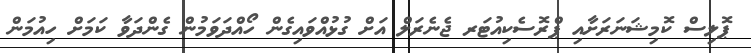
ޕޮލިސް ކޮމިޝަނަރަށާއި ޕްރޮސެކިއުޓަރ ޖެނެރަލް އަށް ގުޅުއްވައިގެން ހޯއްދަވަމުން ގެންދަވާ ކަމަށް ހިއުމަން